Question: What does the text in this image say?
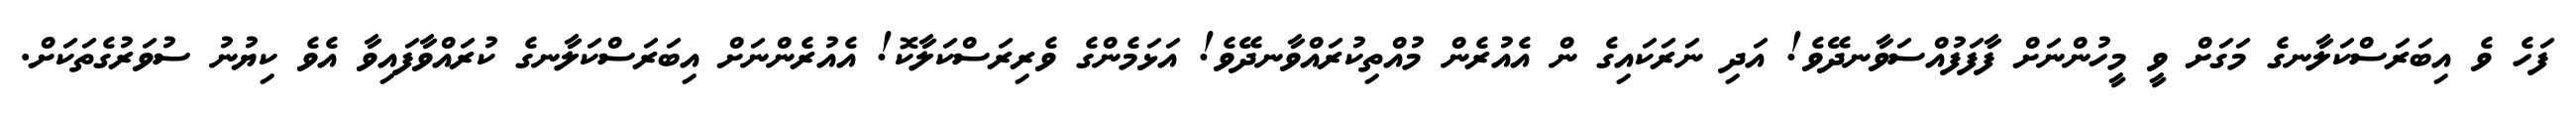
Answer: ފަހެ ވެ އިބަރަސްކަލާނގެ މަގަށް ވީ މީހުންނަށް ފާފަފުއްސަވާނދޭވެ! އަދި ނަރަކައިގެ ން އެއުރެން މުއްތިކުރައްވާނދޭވެ! އަޅަމެންގެ ވެރިރަސްކަލާކޮ! އެއުރެންނަށް އިބަރަސްކަލާނގެ ކުރައްވާފައިވާ އެވެ ކިޔުނު ސުވަރުގެތަކަށް.